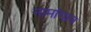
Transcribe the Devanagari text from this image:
नामांगान